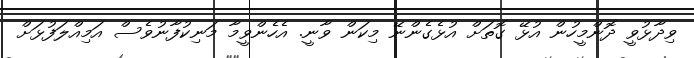
ވިދާޅުވީ ދޮންމީހުން އުޅޭ ގޮތަށް އުޅެގެންނޭ މިކަން ވާނީ. އެހެންވީމާ މަނިކުފާނުވެސް އަމިއްލަފުޅަށް